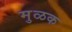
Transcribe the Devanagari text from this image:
मुळक